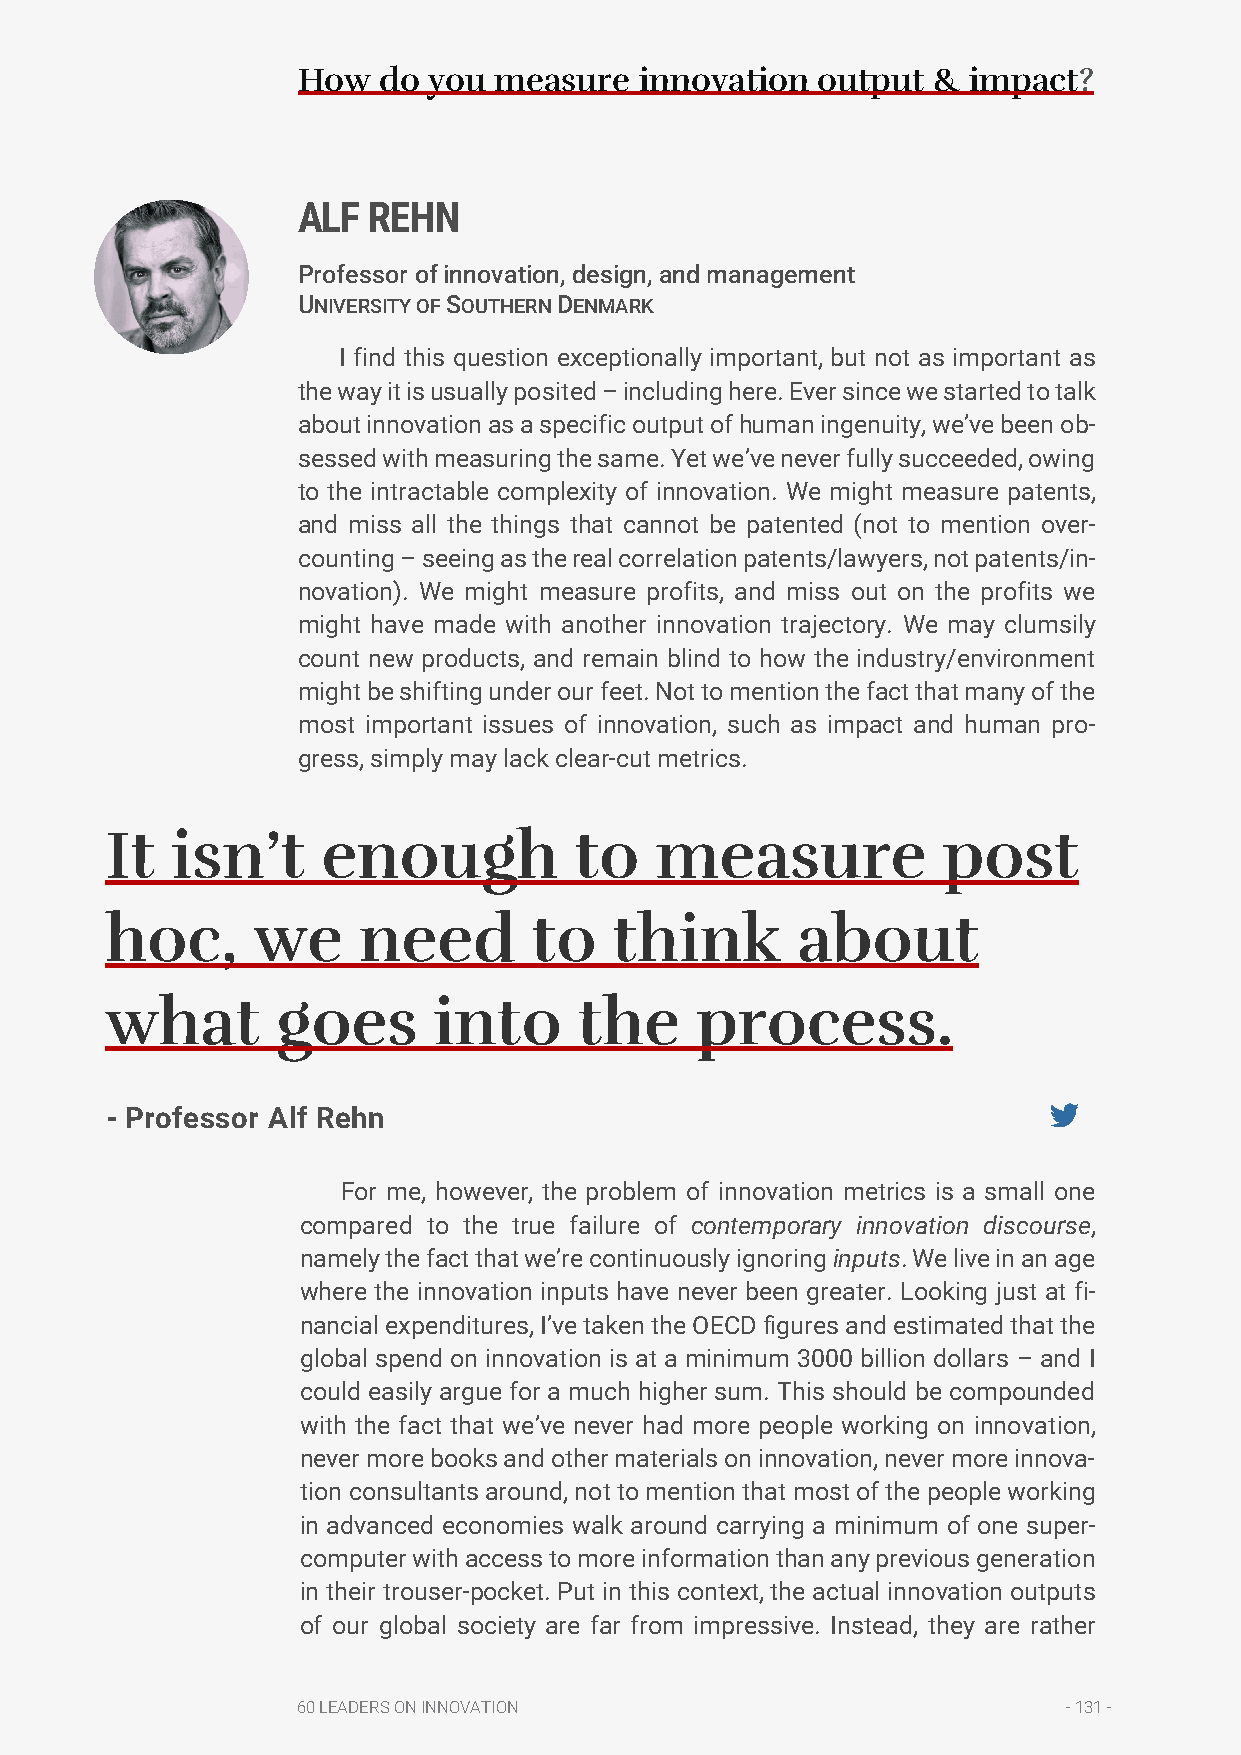
How  do you  measure  innovation  output  & impact?
 ALF REHN
 Professor of innovation, design, and management
 UNIVERSITY OF SOUTHERN DENMARK
 I find this question exceptionally important, but not as important as
 the way it is usually posited – including here. Ever since we started to talk
 about innovation as a specific output of human ingenuity, we’ve been ob-
 sessed with measuring the same. Yet we’ve never fully succeeded, owing
 to the intractable complexity of innovation. We might measure patents,
 and miss all the things that cannot be patented (not to mention over-
 counting – seeing as the real correlation patents/lawyers, not patents/in-
 novation). We might measure profits, and miss out on the profits we
 might have made with another innovation trajectory. We may clumsily
 count new products, and remain blind to how the industry/environment
 might be shifting under our feet. Not to mention the fact that many of the
 most important issues of innovation, such as impact and human pro-
 gress, simply may lack clear-cut metrics.
 It  isn’t     enough           to   measure            post
 hoc,      we     need       to    think       about
 what       goes       into     the     process.
 - Professor Alf Rehn
 For me, however, the problem of innovation metrics is a small one
 compared to the true failure of contemporary innovation discourse,
 namely the fact that we’re continuously ignoring inputs. We live in an age
 where the innovation inputs have never been greater. Looking just at fi-
 nancial expenditures, I’ve taken the OECD figures and estimated that the
 global spend on innovation is at a minimum 3000 billion dollars – and I
 could easily argue for a much higher sum. This should be compounded
 with the fact that we’ve never had more people working on innovation,
 never more books and other materials on innovation, never more innova-
 tion consultants around, not to mention that most of the people working
 in advanced economies walk around carrying a minimum of one super-
 computer with access to more information than any previous generation
 in their trouser-pocket. Put in this context, the actual innovation outputs
 of our global society are far from impressive. Instead, they are rather
 60 LEADERS ON INNOVATION                           - 131 -